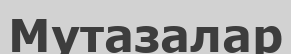
Мутазалар